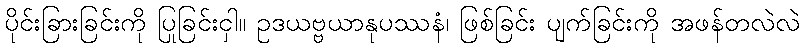
ပိုင်းခြားခြင်းကို ပြုခြင်းငှါ။ ဥဒယဗ္ဗယာနုပဿနံ၊ ဖြစ်ခြင်း ပျက်ခြင်းကို အဖန်တလဲလဲ